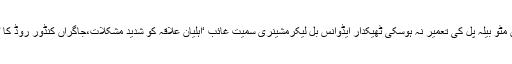
29 مئی2018ء) وادی نیلم جاگراں مٹو بیلہ پل کی تعمیر نہ ہوسکی ٹھیکدار ایڈوانس بل لیکرمشینری سمیت غائب ‘اہلیان علاقہ کو شدید مشکلات،جاگراں کنڈور روڈ کا ٹھیکدار بھی مشینری سمیت غائب ۔